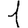
Digit: 1